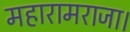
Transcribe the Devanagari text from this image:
महारामराजा।